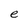
Character: e